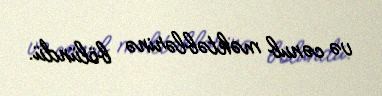
və cənub məktəblərinə bölündü.